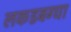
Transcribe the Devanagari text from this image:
लकडबग्घा